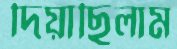
দিয়াছিলাম